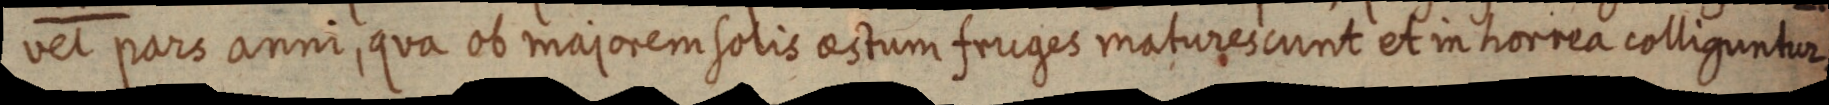
vel pars anni, qua ob majorem solis aestum fruges maturescunt et in horrea colliguntur.